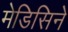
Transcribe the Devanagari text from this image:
मेडिसिने